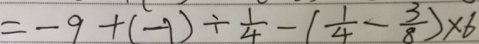
= - 9 + ( - 1 ) \div \frac { 1 } { 4 } - ( \frac { 1 } { 4 } - \frac { 3 } { 8 } ) \times 6